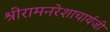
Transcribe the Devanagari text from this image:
श्रीरामनरेशाचार्यजी